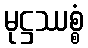
မုဋ္ဌဿစ္စံ